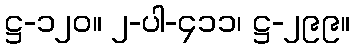
ဋ္ဌ-၁၂၀။ ၂-ပါ-၄၁၁၊ ဋ္ဌ-၂၉၉။